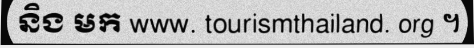
និង មក www. tourismthailand. org ។